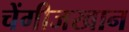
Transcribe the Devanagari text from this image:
चेंगीजखान